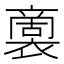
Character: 𮖭